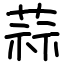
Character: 蒜